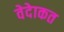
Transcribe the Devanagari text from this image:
वेदेाकत